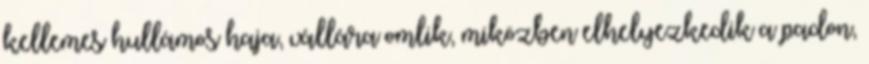
kellemes hullámos haja, vállára omlik, miközben elhelyezkedik a padon,